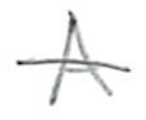
Text: A
Cross-out: single-line
Writing tool: pencil